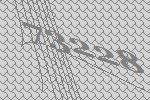
73228